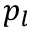
p _ { l }